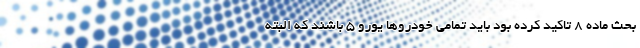
بحث ماده ۸ تاکید کرده بود باید تمامی خودروها یورو ۵ باشند که البته